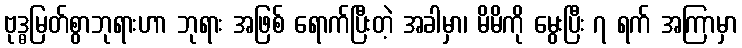
ဗုဒ္ဓမြတ်စွာဘုရားဟာ ဘုရား အဖြစ် ရောက်ပြီးတဲ့ အခါမှာ၊ မိမိကို မွေးပြီး ၇ ရက် အကြာမှာ